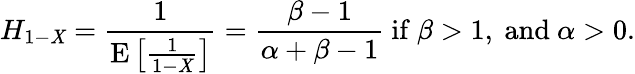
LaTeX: H_{1-\mathit{X}}={\frac{{1}}{{\operatorname{E}\left[{\frac{{1}}{{1-\mathit{X}}}}\right]}}}={\frac{{\beta-1}}{{\alpha+\beta-1}}}{\mathrm{{~if~}}}\beta>1,{\mathrm{{~and~}}}\alpha>0.